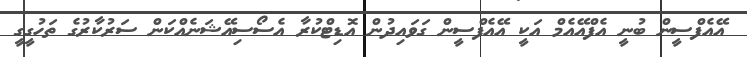
އޭއެފްސީން ބުނީ އެފްއޭއެމް އަކީ އޭއެފްސީން ގަވައިދުން އޮޑިޓްކުރާ އެސޯސިއޭޝަނެއްކަން ސަރުކާރުގެ ތަހުގީގީ